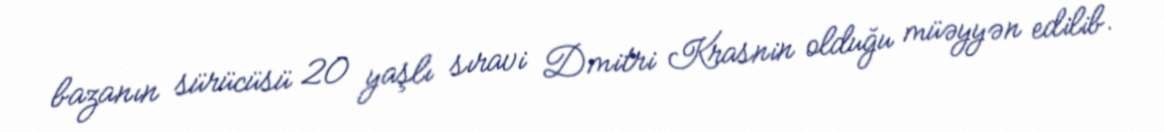
bazanın sürücüsü 20 yaşlı sıravi Dmitri Krasnin olduğu müəyyən edilib.